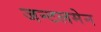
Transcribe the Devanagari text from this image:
जन्टलमेन